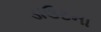
ડાઉટના